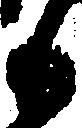
も